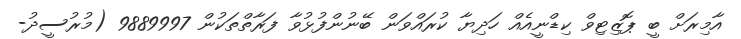
އާމިރަށް ބީ ޕޮޒިޓިވް ކިޑްނީއެއް ހަދިޔާ ކުރައްވަން ބޭނުންފުޅުވާ ފަރާތްތަކުން 9889997 (މުރުސީދު-